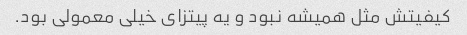
کیفیتش مثل همیشه نبود و یه پیتزای خیلی معمولی بود.